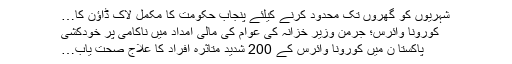
شہریوں کو گھروں تک محدود کرنے کیلئے پنجاب حکومت کا مکمل لاک ڈاؤن کا…
کورونا وائرس؛ جرمن وزیر خزانہ کی عوام کی مالی امداد میں ناکامی پر خودکشی
پاکستا ن میں کورونا وائرس کے 200 شدید متاثرہ افراد کا علاج صحت یاب…